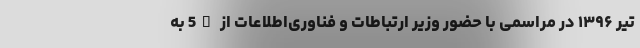
تیر ۱۳۹۶ در مراسمی با حضور وزیر ارتباطات و فناوری‌اطلاعات از 5G به